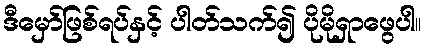
ဒီမှော်ဖြစ်ရပ်နှင့် ပါတ်သက်၍ ပိုမိုရှာဖွေပါ။